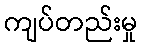
ကျပ်တည်းမှု